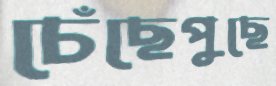
চেঁছেপুছে